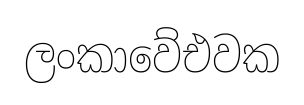
ලංකාවේඑවක